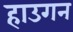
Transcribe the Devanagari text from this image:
हाउगन